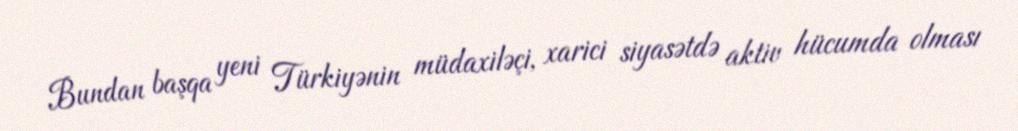
Bundan başqa yeni Türkiyənin müdaxiləçi, xarici siyasətdə aktiv hücumda olması